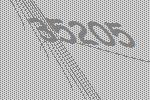
35205